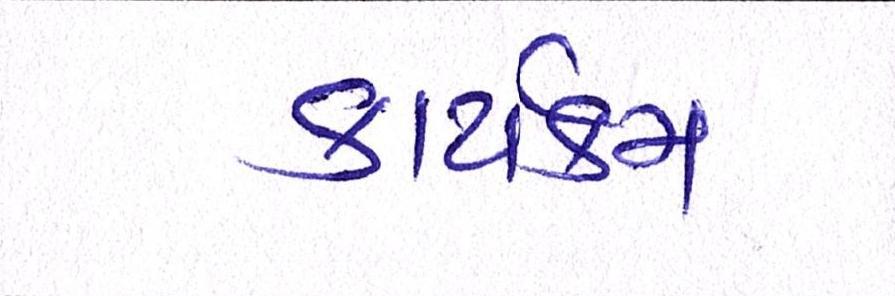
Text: કાર્યક્મ